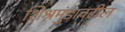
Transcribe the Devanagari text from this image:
शिश्नमुंडावरील